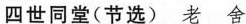
四世同堂(节选) 老 舍